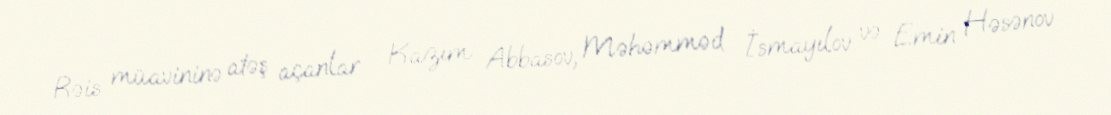
Rəis müavininə atəş açanlar - Kazım Abbasov, Məhəmməd İsmayılov və Emin Həsənov